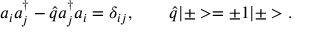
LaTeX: a _ { i } a _ { j } ^ { \dagger } - \hat { q } a _ { j } ^ { \dagger } a _ { i } = \delta _ { i j } , \qquad \hat { q } | \pm > = \pm 1 | \pm > .